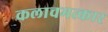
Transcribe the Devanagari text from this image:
कलाचमत्कार